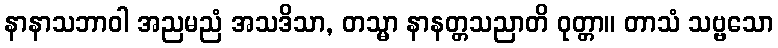
နာနာသဘာဝါ အညမညံ အသဒိသာ, တသ္မာ နာနတ္တသညာတိ ဝုတ္တာ။ တာသံ သဗ္ဗသော